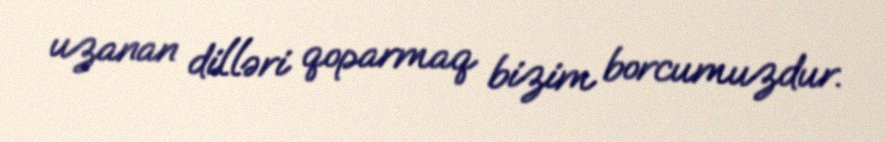
uzanan dilləri qoparmaq bizim borcumuzdur.